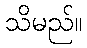
သိမည်။